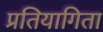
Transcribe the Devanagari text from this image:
प्रतियागिता